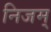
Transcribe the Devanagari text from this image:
निजम्